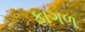
ફાગળ